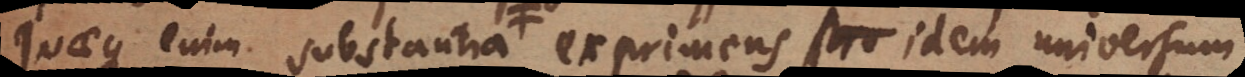
quaeque enim substantia exprimens idem universum